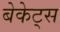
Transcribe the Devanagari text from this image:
बेकेट्स